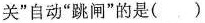
关”自动”跳闸”的是()